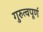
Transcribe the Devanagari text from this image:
गुरुत्वपूर्ण